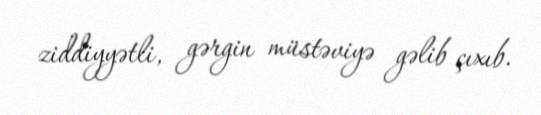
ziddiyyətli, gərgin müstəviyə gəlib çıxıb.